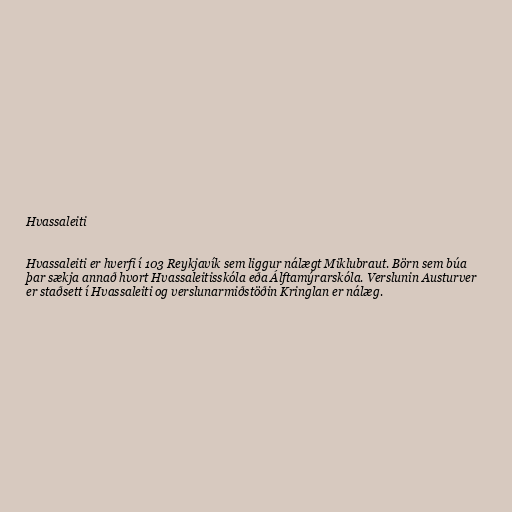
Hvassaleiti

Hvassaleiti er hverfi í 103 Reykjavík sem liggur nálægt Miklubraut. Börn sem búa
þar sækja annað hvort Hvassaleitisskóla eða Álftamýrarskóla. Verslunin Austurver
er staðsett í Hvassaleiti og verslunarmiðstöðin Kringlan er nálæg.